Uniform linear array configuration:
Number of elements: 8
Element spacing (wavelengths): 0.5
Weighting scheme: hamming
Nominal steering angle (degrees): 15
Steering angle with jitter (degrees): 14.753
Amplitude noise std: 0.05
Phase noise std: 0.05

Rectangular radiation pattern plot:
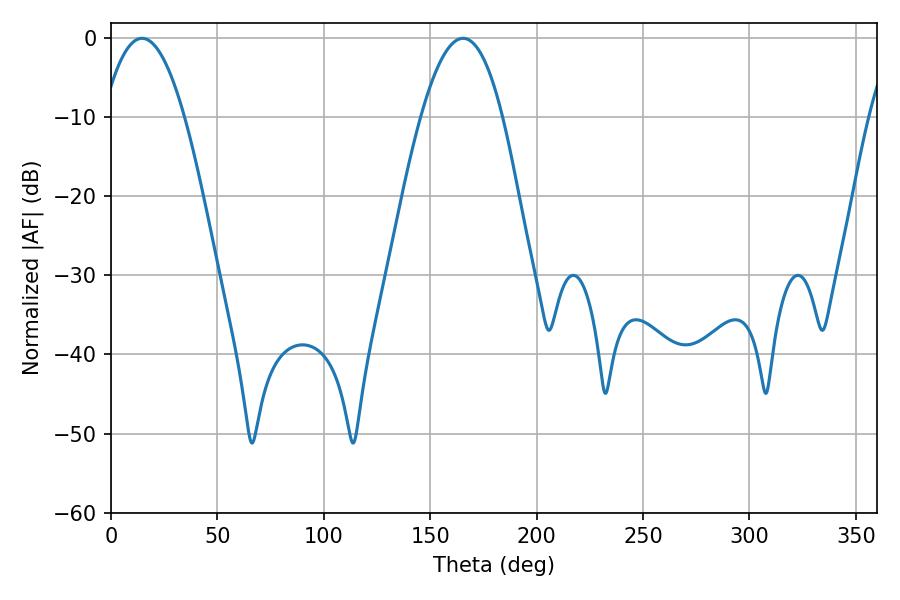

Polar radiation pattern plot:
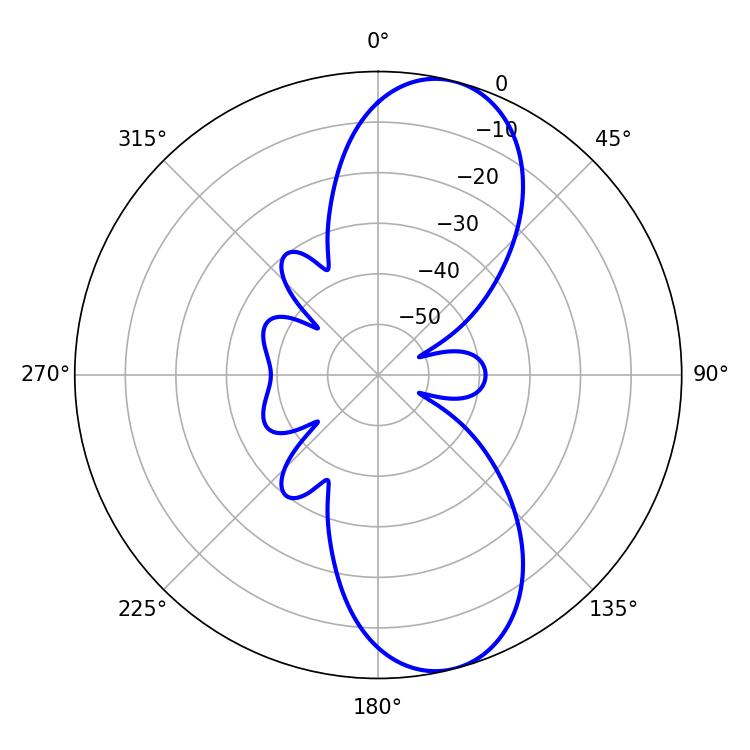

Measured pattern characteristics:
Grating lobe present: FALSE
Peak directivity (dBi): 9.973
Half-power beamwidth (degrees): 21.06
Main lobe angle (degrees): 165.42